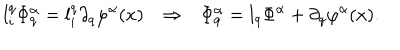
LaTeX: l _ { i } ^ { q } \Phi _ { q } ^ { \alpha } = l _ { i } ^ { q } \partial _ { q } \varphi ^ { \alpha } ( x ) \Rightarrow \Phi _ { q } ^ { \alpha } = l _ { q } \Phi ^ { \alpha } + \partial _ { q } \varphi ^ { \alpha } ( x ) .